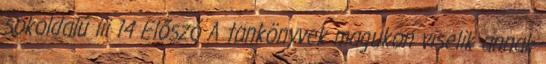
sokoldalú iii 14 Előszó A tankönyvek magukon viselik annak